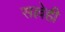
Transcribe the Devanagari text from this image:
सल्लेही